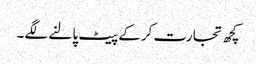
کچھ تجارت کرکے پیٹ پالنے لگے۔